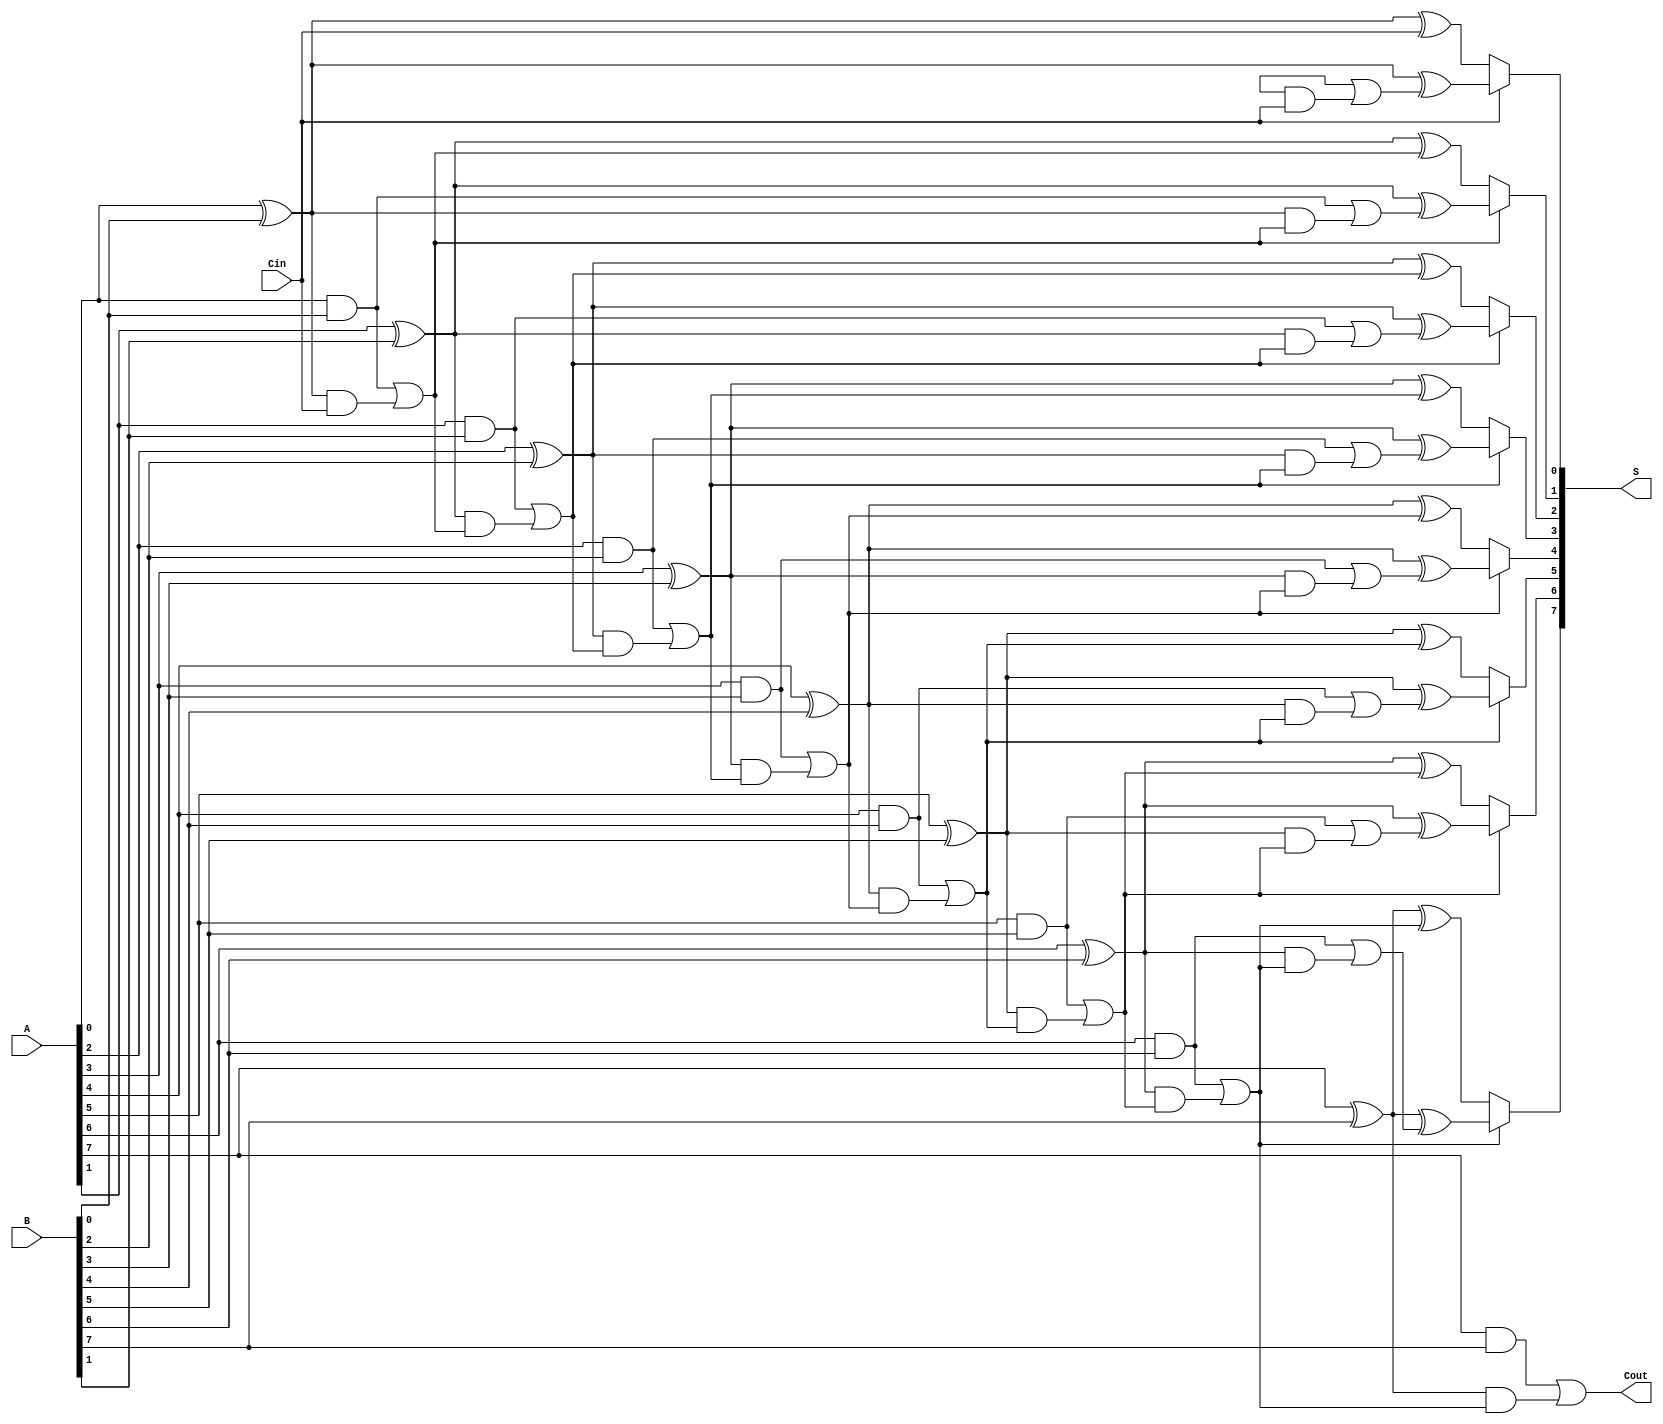
module conditional_sum_adder #(
    parameter N = 8  // Width of the adder
)(
    input  [N-1:0] A,  // First input number
    input  [N-1:0] B,  // Second input number
    input  Cin,        // Carry-in for cascade addition
    output [N-1:0] S,  // Sum output
    output Cout        // Carry-out
);

    wire [N-1:0] G;  // Generate signals
    wire [N-1:0] P;  // Propagate signals
    wire [N:0] C;    // Carry outputs for each stage
    wire [N-1:0] S1; // Sum without carry-in
    wire [N-1:0] S2; // Sum with carry-in

    // Generate and propagate signals
    genvar i;
    generate
        for (i = 0; i < N; i = i + 1) begin : slice
            assign G[i] = A[i] & B[i];              // G[i] = A[i] AND B[i]
            assign P[i] = A[i] ^ B[i];              // P[i] = A[i] XOR B[i]

            // Intermediate sums
            assign S1[i] = A[i] ^ B[i] ^ C[i];      // S1[i] = A[i] XOR B[i] XOR Carry
            assign S2[i] = (A[i] ^ B[i]) ^ (G[i-1] | (P[i-1] & C[i])); // Conditional carry sum
        end
    endgenerate

    // Carry Generation
    assign C[0] = Cin; // Initial carry-in
    
    generate
        for (i = 1; i <= N; i = i + 1) begin : carry_logic
            assign C[i] = G[i-1] | (P[i-1] & C[i-1]); // C[i] = G[i-1] OR (P[i-1] AND Cin)
        end
    endgenerate

    // Final Sum and Carry Output
    generate
        for (i = 0; i < N; i = i + 1) begin : final_sum
            assign S[i] = C[i] ? S2[i] : S1[i]; // Select S1 or S2 based on carry
        end
    endgenerate
    
    assign Cout = C[N];  // Final carry-out

endmodule